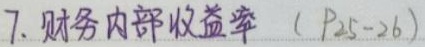
7. 财务内部收益率（$P_{25 - 26}$）